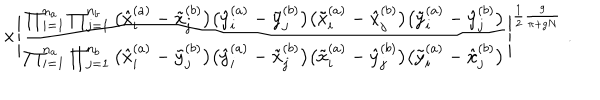
\times \Bigg | \frac { \prod _ { i = 1 } ^ { n _ { a } } \prod _ { j = 1 } ^ { n _ { b } } \big ( \hat { x } _ { i } ^ { ( a ) } - \tilde { x } _ { j } ^ { ( b ) } \big ) \big ( \hat { y } _ { i } ^ { ( a ) } - \tilde { y } _ { j } ^ { ( b ) } \big ) \big ( \tilde { x } _ { i } ^ { ( a ) } - \hat { x } _ { j } ^ { ( b ) } \big ) \big ( \tilde { y } _ { i } ^ { ( a ) } - \hat { y } _ { j } ^ { ( b ) } \big ) } { \prod _ { i = 1 } ^ { n _ { a } } \prod _ { j = 1 } ^ { n _ { b } } \big ( \hat { x } _ { i } ^ { ( a ) } - \tilde { y } _ { j } ^ { ( b ) } \big ) \big ( \hat { y } _ { i } ^ { ( a ) } - \tilde { x } _ { j } ^ { ( b ) } \big ) \big ( \tilde { x } _ { i } ^ { ( a ) } - \hat { y } _ { j } ^ { ( b ) } \big ) \big ( \tilde { y } _ { i } ^ { ( a ) } - \hat { x } _ { j } ^ { ( b ) } \big ) } \Bigg | ^ { \frac { 1 } { 2 } \frac { g } { \pi + g N } } \; .